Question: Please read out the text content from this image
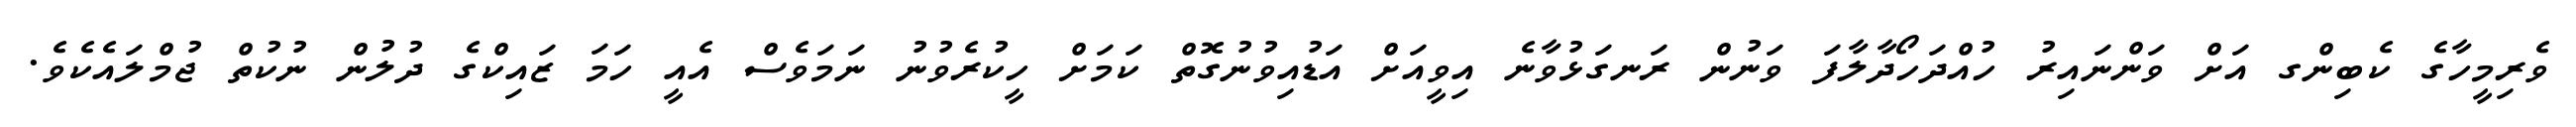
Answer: ވެރިމީހާގެ ކެބިންގ އަށް ވަންނައިރު ހުއްދަހޯދާލާފަ ވަނުން ރަނގަޅުވާނެ އިވީއަށް އަޑުއިވުނުގޮތް ކަމަށް ހީކުރެވުނު ނަމަވެސް އެއީ ހަމަ ޒައިކްގެ ދުލުން ނުކުތް ޖުމްލައެކެވެ.